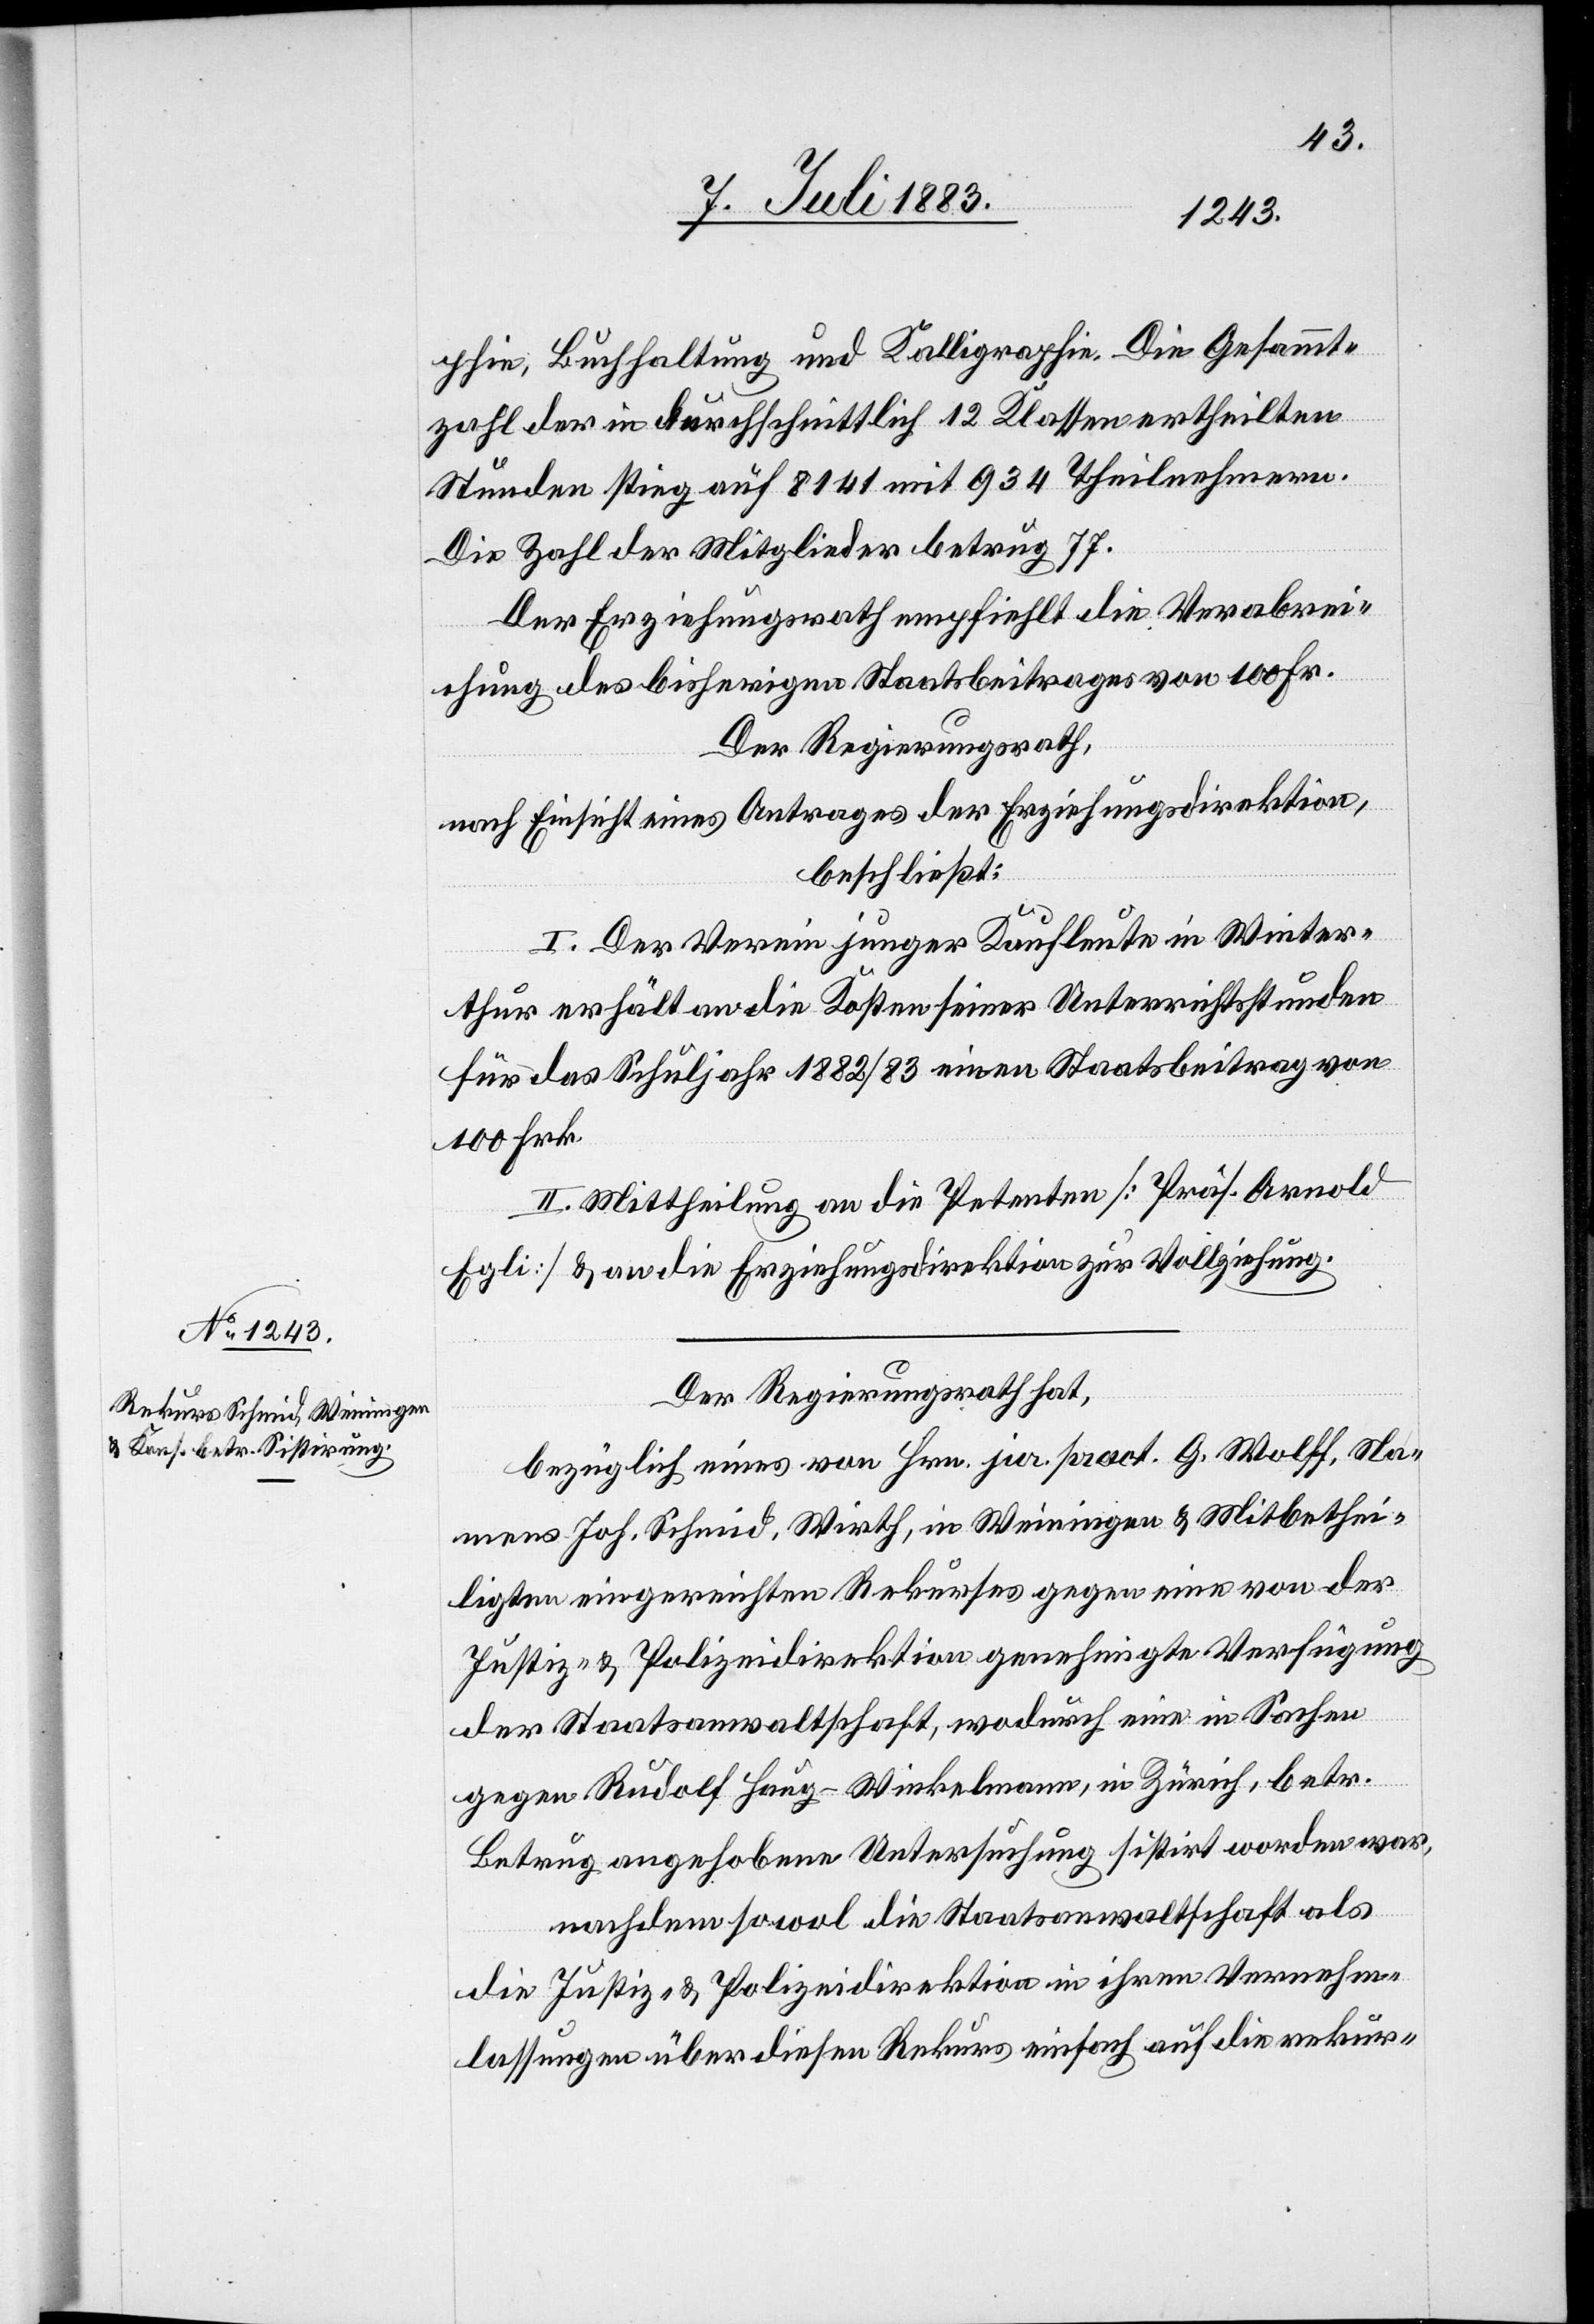
phie, Buchhaltung und Kalligraphie. Die Gesammt¬
zahl der in durchschnittlich 12 Klassen ertheilten
Stunden stieg auf 8141 mit 934 Theilnehmern.
Die Zahl der Mitglieder betrug 77.
Der Erziehungsrath empfiehlt die Verabrei¬
chung des bisherigen Staatsbeitrages von 100 Fr.
Der Regierungsrath,
nach Einsicht eines Antrages der Erziehungsdirektion,
beschließt:
I. Der Verein junger Kaufleute in Winter¬
thur erhält an die Kosten seiner Unterrichtsstunden
für das Schuljahr 1882/83 einen Staatsbeitrag von
100 Frk.
II. Mittheilung an die Petenten [Präs. Arnold
Egli] & an die Erziehungsdirektion zur Vollziehung.
Der Regierungsrath hat,
bezüglich eines von Hrn. jur. pract. G. Wolff, Na¬
mens Joh. Schmid, Wirth, in Weiningen & Mitbethei¬
ligten eingereichten Rekurses gegen eine von der
Justiz- & Polizeidirektion genehmigten Verfügung
der Staatsanwaltschaft, wodurch eine in Sachen
gegen Rudolf Haug-Winkelmann, in Zürich, betr.
Betrug angehobene Untersuchung sistirt worden war,
nachdem sowol die Staatsanwaltschaft als
die Justiz- & Polizeidirektion in ihren Vernehm¬
lassungen über diesen Rekurs einfach auf die rekur-